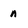
Character: n